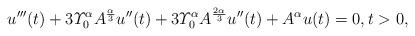
LaTeX: \begin{align*}u'''(t)+3\varUpsilon_0^\alpha A^{\frac{\alpha}{3}}u''(t)+ 3\varUpsilon_0^\alpha A^{\frac{2\alpha}{3}}u''(t)+A^{\alpha}u (t)= 0,t> 0,\end{align*}